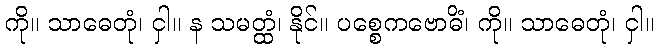
ကို။ သာဓေတုံ၊ ငှါ။ န သမတ္ထံ၊ နိုင်။ ပစ္စေကဗောဓိံ၊ ကို။ သာဓေတုံ၊ ငှါ။